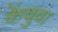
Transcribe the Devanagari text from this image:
केंचुवा